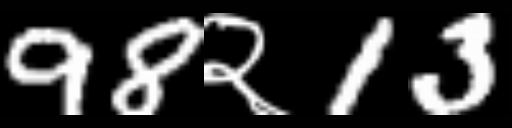
Text: 98२13